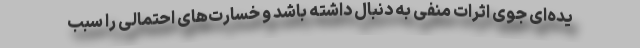
یده‌ای جوی اثرات منفی به دنبال داشته باشد و خسارت‌های احتمالی را سبب